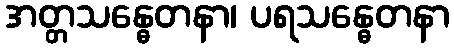
အတ္တသန္ဓေတနာ၊ ပရသန္ဓေတနာ